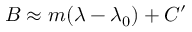
B \approx m ( \lambda - \lambda _ { 0 } ) + C ^ { \prime }